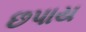
છપાય